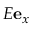
E \mathbf { e } _ { x }